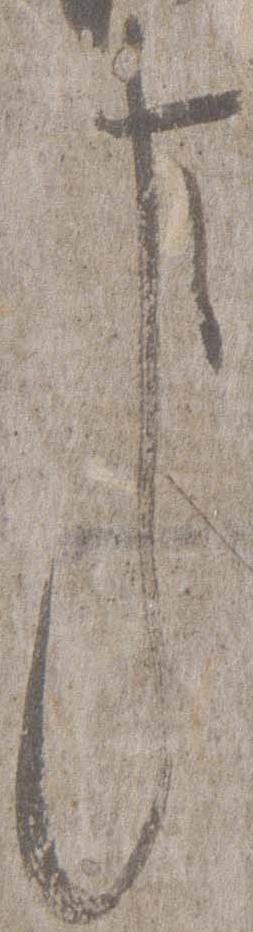
事